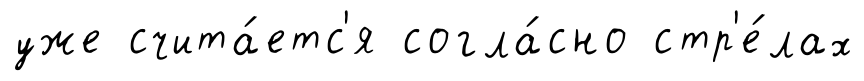
уже счита́етс'я согла́сно стр'е́лах